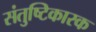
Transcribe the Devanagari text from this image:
संतुष्टिकारक